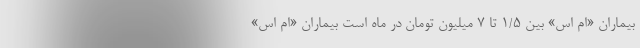
بیماران «ام اس» بین ۱/۵ تا ۷ میلیون تومان در ماه است بیماران «ام اس»